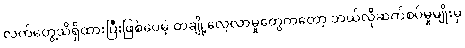
လက်တွေ့သိရှိထားပြီးဖြစ်ပေမဲ့ တချို့လေ့လာမှုတွေကတော့ ဘယ်လိုဆက်စပ်မှုမျိုးမှ